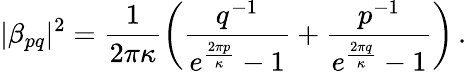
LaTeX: |\beta_{pq}|^{2}=\frac{1}{2\pi\kappa}\left(\frac{q^{-1}}{e^{\frac{2\pi p}{\kappa}}-1}+\frac{p^{-1}}{e^{\frac{2\pi q}{\kappa}}-1}\right)\, .